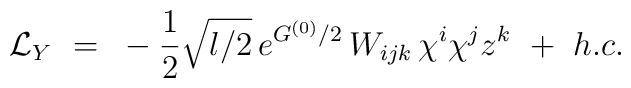
{\cal L}_Y~=~-\frac{1}{2}\sqrt{l/2}\,e^{G^{(0)}/2}\,W_{ijk}\,\chi^i \chi^j z^k ~+~ h.c.